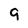
Character: 9